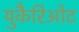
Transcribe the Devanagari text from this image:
युकैरिओट